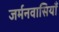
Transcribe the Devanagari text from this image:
जर्मनवासियाँ